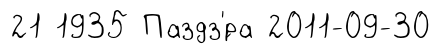
21 1935 Паздз'́ра 2011-09-30